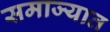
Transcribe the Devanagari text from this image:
समाज्यात